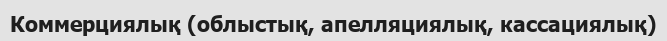
Коммерциялық (облыстық, апелляциялық, кассациялық)